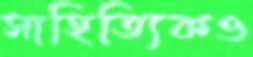
সাহিত্যিকও